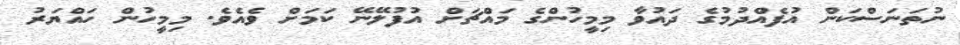
ނުތަނަސްކަން އުފެއްދުމުގެ ދައުވާ މިމީހުންގެ މައްޗަށް އުފުލޭނޭ ކަމަށް ވެއެވެ. މިމީހުން ހައްޔަރު